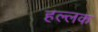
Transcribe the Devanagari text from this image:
हल्लक